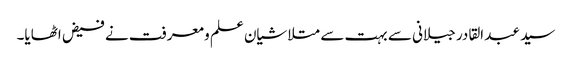
سید عبد القادر جیلانی سے بہت سے متلاشیان علم و معرفت نے فیض اٹھایا۔